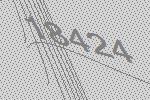
18424